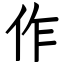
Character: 作